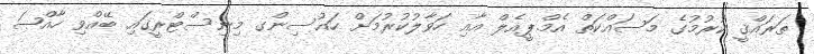
ތަރައްޤީ ކުރުމުގެ މަސައްކަތް އެމް.ޕީއެލް އާއި ހަވާލުކުރުމަށް ހައުސިންގ މިނިސްޓްރީގައި ބޭއްވި ހާއްޞަ